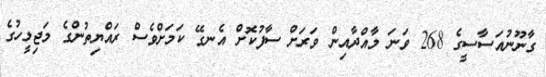
ގާނޫނުއަސާސީގެ 268 ވަނަ މާއްދާއިން ވަރަށް ސާފުކޮށް އެނގޭ ކަމަށްވެސް ރައްޔިތުންގެ މަޖިލީހުގެ